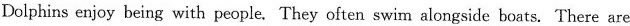
Dolphins enjoy being with people. They often swim alongside boats. There are